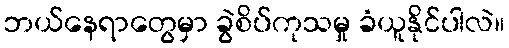
ဘယ်နေရာတွေမှာ ခွဲစိပ်ကုသမှု ခံယူနိုင်ပါလဲ။